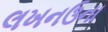
લખનઉના